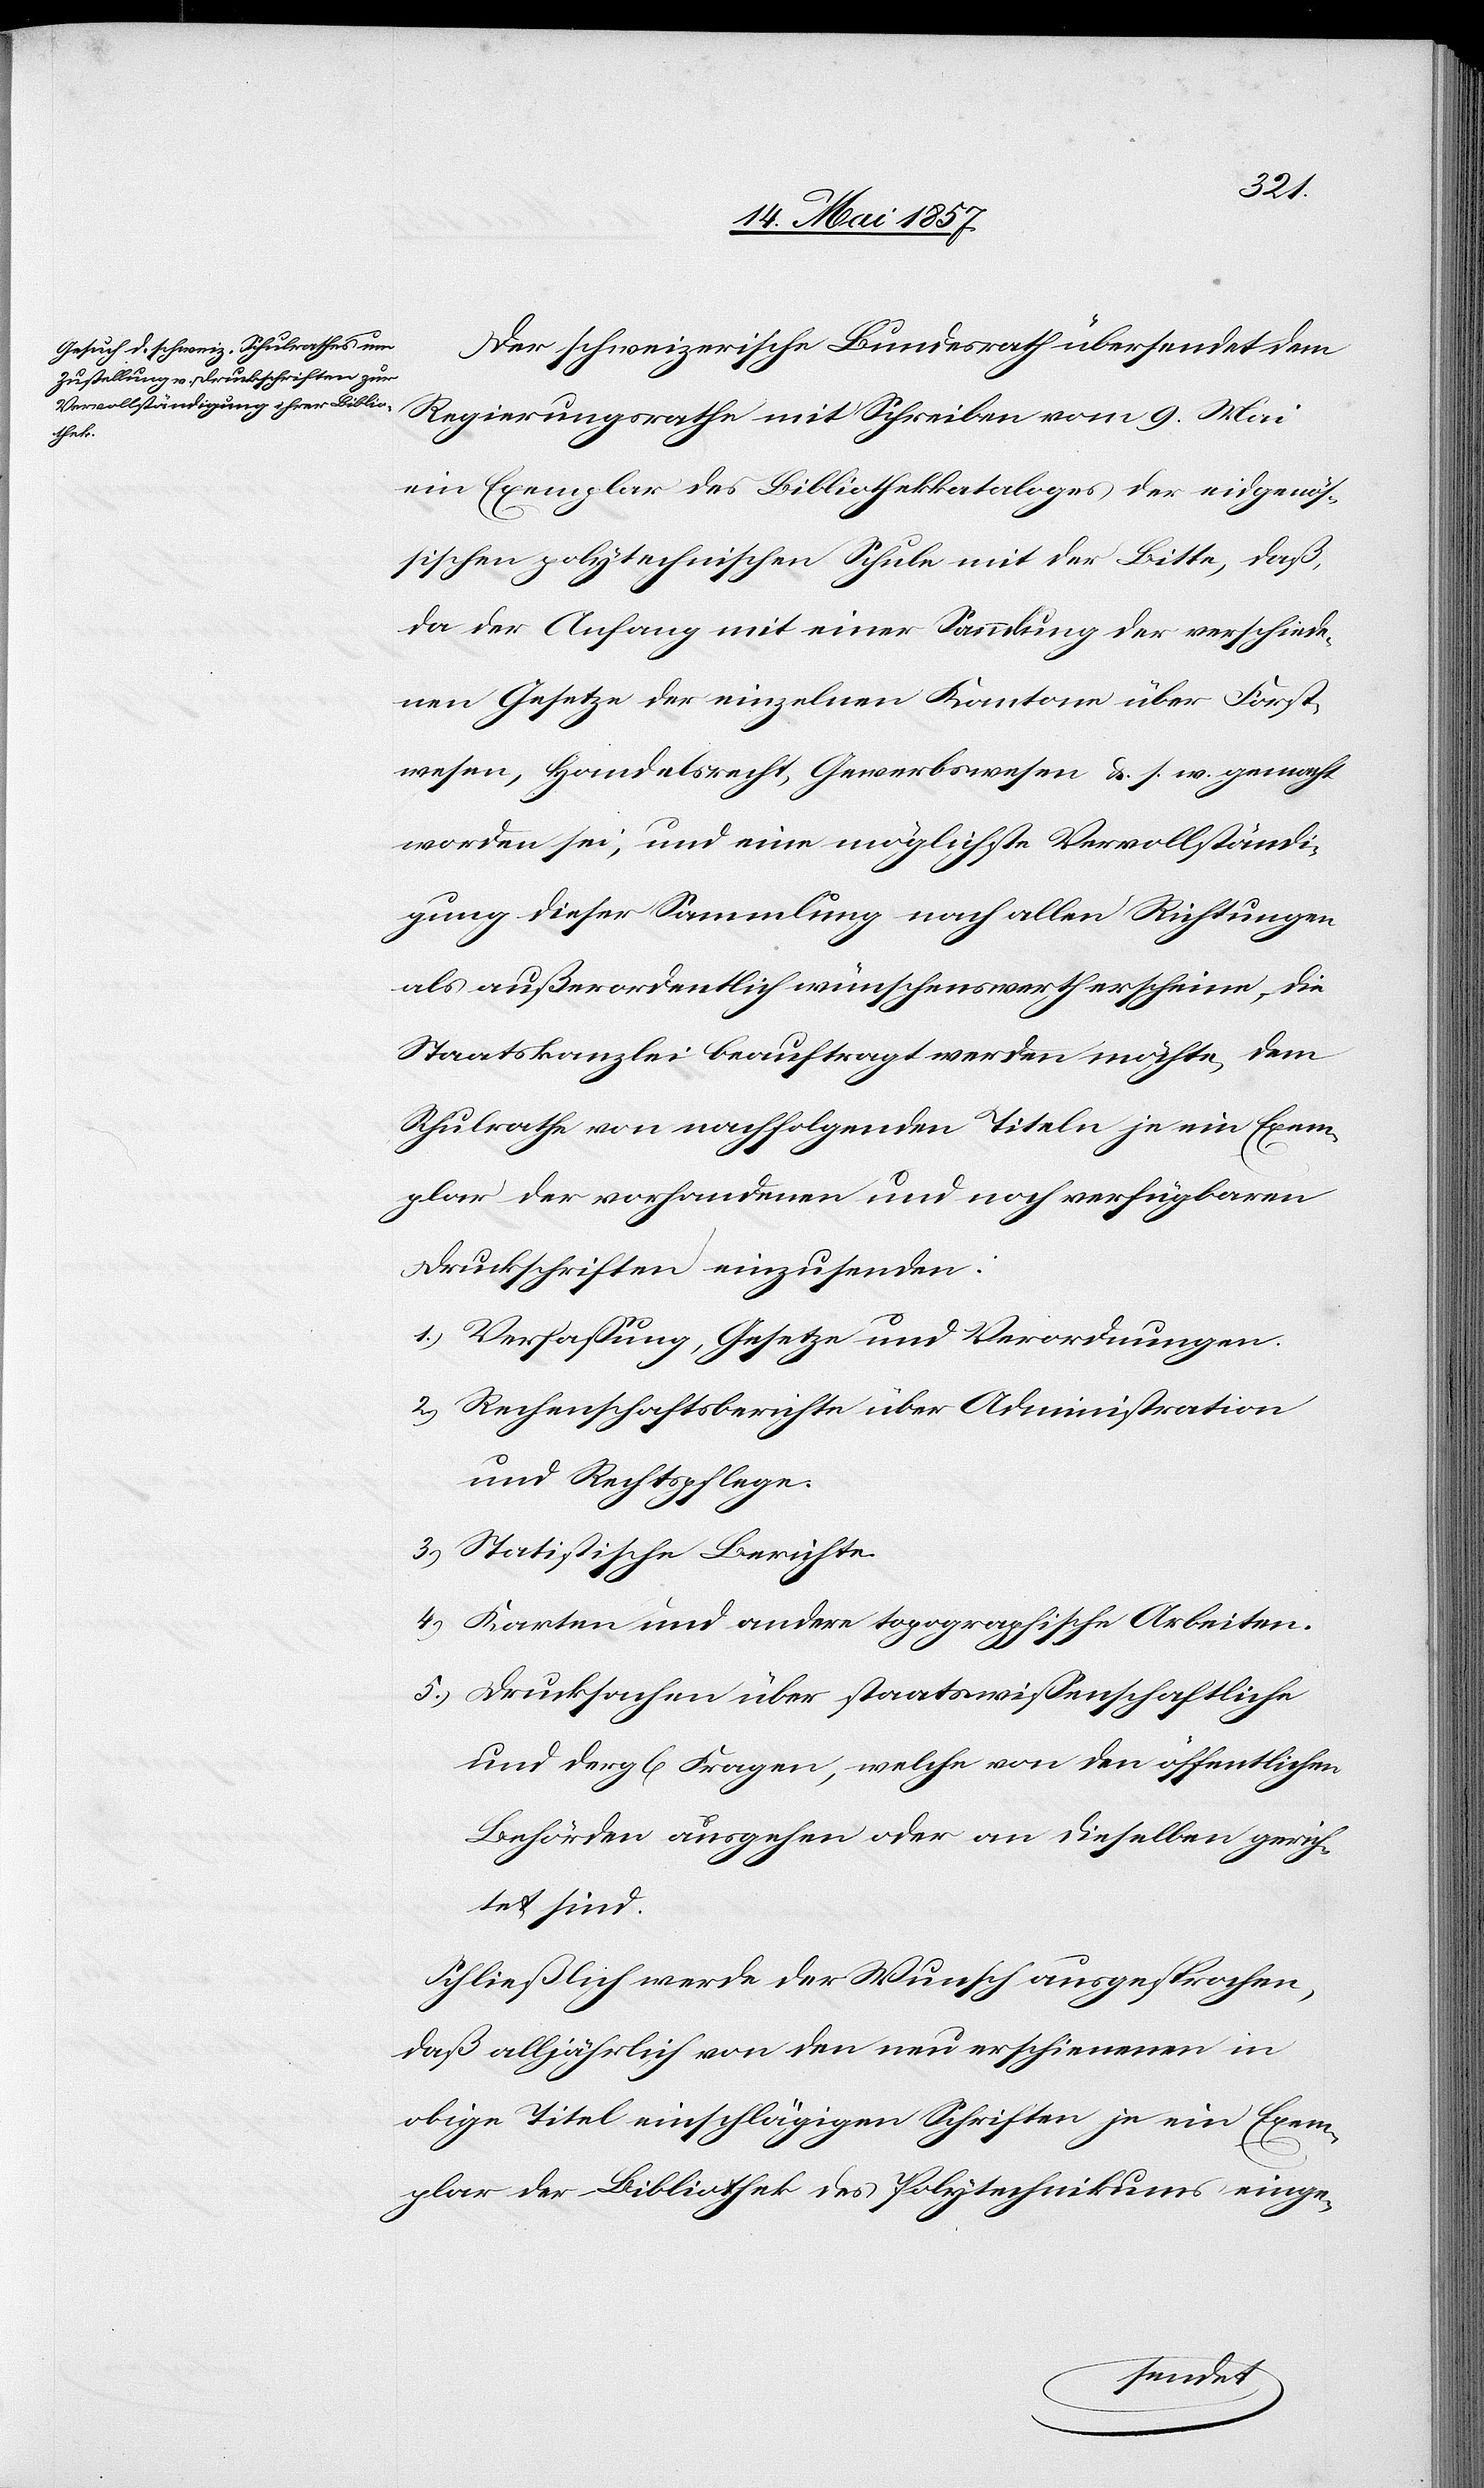
Der schweizerische Bundesrath übersendet dem
Regierungsrathe mit Schreiben vom 9 Mai
ein Exemplar des Bibliothekkataloges der eidgenös¬
sischen polytechnischen Schule mit der Bitte, daß,
da der Anfang mit einer Sammlung der verschiede¬
nen Gesetze der einzelnen Kantone über Forst¬
wesen, Handelsrecht, Gewerbswesen &. s. w. gemacht
worden sei, und eine möglichste Vervollständi¬
gung dieser Sammlung nach allen Richtungen
als außerordentlich wünschenswerth erscheine, die
Staatskanzlei beauftragt werden möchte, dem
Schulrathe von nachfolgenden Titeln je ein Exem¬
plar der vorhandenen und noch verfügbaren
Druckschriften einzusenden:
1.) Verfassung, Gesetze und Verordnungen.
2.) Rechenschaftsberichte über Administration
und Rechtsfolge.
3.) Statistische Berichte.
4.) Karten und andere topographische Arbeiten.
5.) Drucksachen über staatswissenschaftliche
und dergl. Fragen, welche von den öffentlichen
Behörden ausgehen oder an dieselben gerich¬
tet sind.
Schließlich werde der Wunsch ausgesprochen,
daß alljährlich von den neu erschienenen in
obige Titel einschlägigen Schriften je ein Exem¬
plar der Bibliothek des Polytechnikums einge-